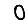
Digit: 0